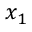
x _ { 1 }